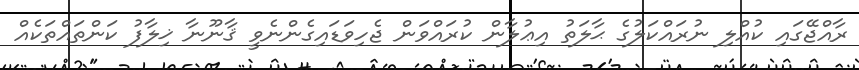
ރާއްޖޭގައި ކުއްލި ނުރައްކަލުގެ ޙާލަތު އިޢުލާން ކުރައްވަން ޖެހިވަޑައިގެންނެވީ ޤާނޫނާ ޚިލާފު ކަންތައްތަކެއް